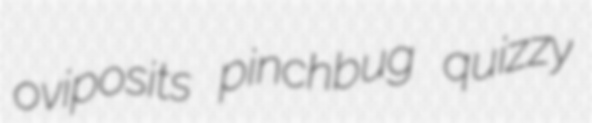
oviposits pinchbug quizzy